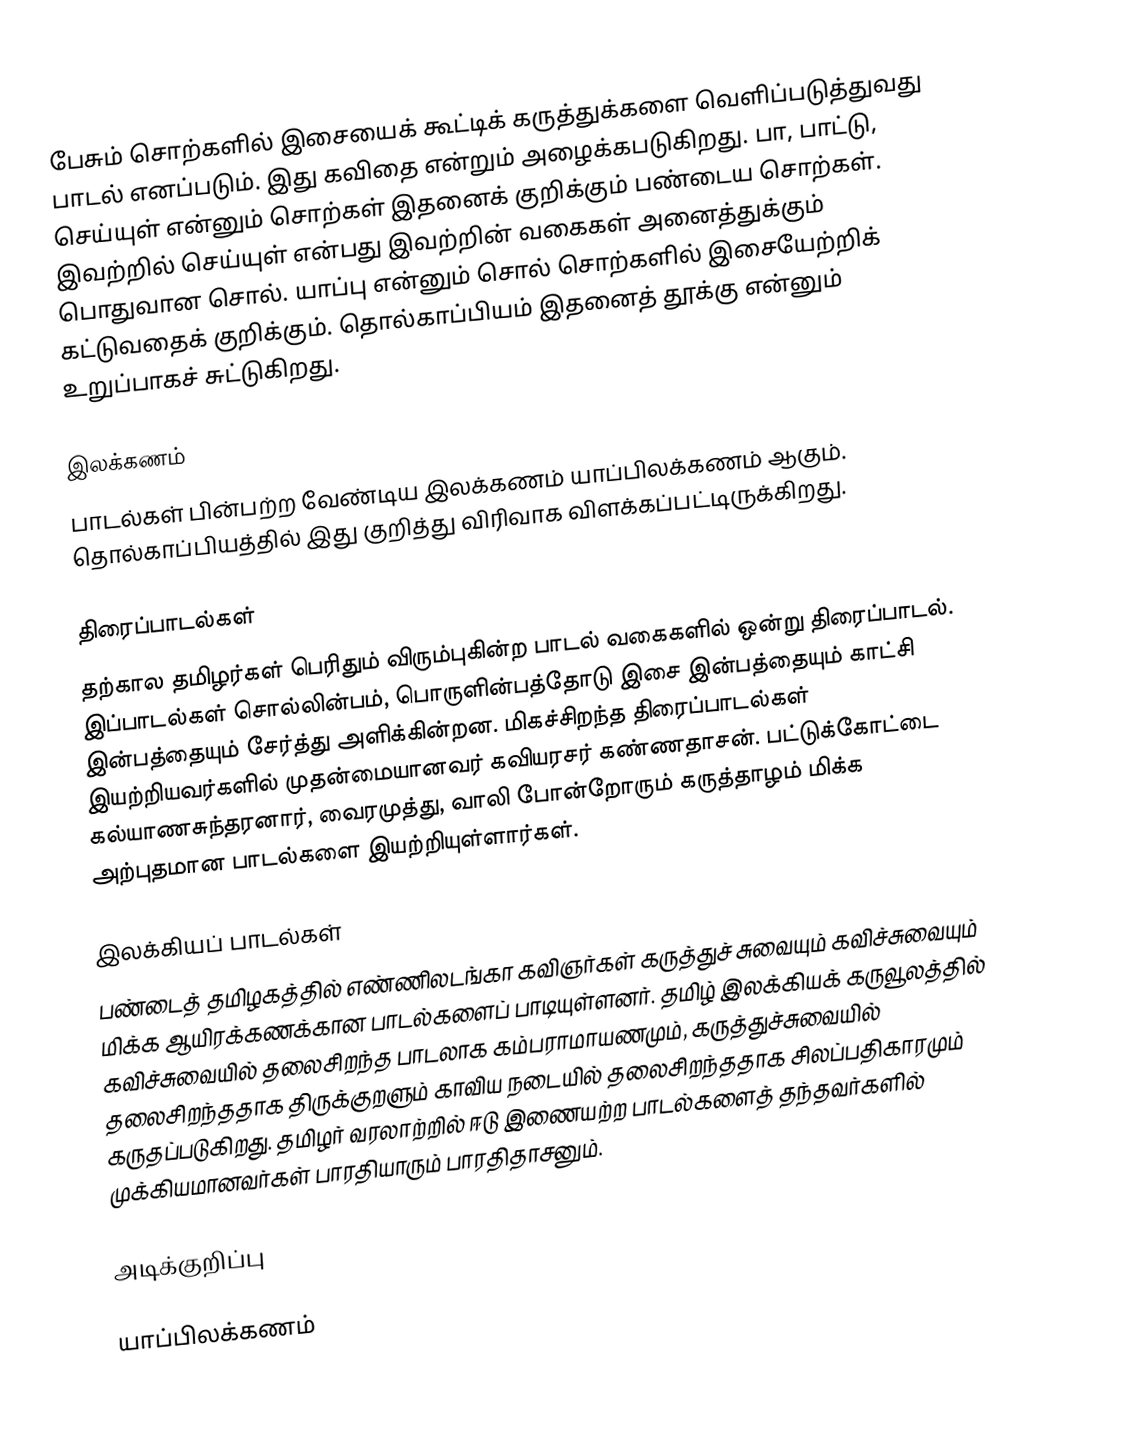
பேசும் சொற்களில் இசையைக் கூட்டிக் கருத்துக்களை வெளிப்படுத்துவது பாடல் எனப்படும். இது கவிதை என்றும் அழைக்கபடுகிறது. பா, பாட்டு, செய்யுள் என்னும் சொற்கள் இதனைக் குறிக்கும் பண்டைய சொற்கள். இவற்றில் செய்யுள் என்பது இவற்றின் வகைகள் அனைத்துக்கும் பொதுவான சொல். யாப்பு என்னும் சொல் சொற்களில் இசையேற்றிக் கட்டுவதைக் குறிக்கும். தொல்காப்பியம் இதனைத் தூக்கு என்னும் உறுப்பாகச் சுட்டுகிறது.

இலக்கணம்
பாடல்கள் பின்பற்ற வேண்டிய இலக்கணம் யாப்பிலக்கணம் ஆகும். தொல்காப்பியத்தில் இது குறித்து விரிவாக விளக்கப்பட்டிருக்கிறது.

திரைப்பாடல்கள்
தற்கால தமிழர்கள் பெரிதும் விரும்புகின்ற பாடல் வகைகளில் ஒன்று திரைப்பாடல். இப்பாடல்கள் சொல்லின்பம், பொருளின்பத்தோடு இசை இன்பத்தையும் காட்சி இன்பத்தையும் சேர்த்து அளிக்கின்றன. மிகச்சிறந்த திரைப்பாடல்கள் இயற்றியவர்களில் முதன்மையானவர் கவியரசர் கண்ணதாசன். பட்டுக்கோட்டை கல்யாணசுந்தரனார், வைரமுத்து, வாலி போன்றோரும் கருத்தாழம் மிக்க அற்புதமான பாடல்களை இயற்றியுள்ளார்கள்.

இலக்கியப் பாடல்கள்
பண்டைத் தமிழகத்தில் எண்ணிலடங்கா கவிஞர்கள் கருத்துச் சுவையும் கவிச்சுவையும் மிக்க ஆயிரக்கணக்கான பாடல்களைப் பாடியுள்ளனர். தமிழ் இலக்கியக் கருவூலத்தில் கவிச்சுவையில் தலைசிறந்த பாடலாக கம்பராமாயணமும், கருத்துச்சுவையில் தலைசிறந்ததாக திருக்குறளும் காவிய நடையில் தலைசிறந்ததாக சிலப்பதிகாரமும் கருதப்படுகிறது. தமிழர் வரலாற்றில் ஈடு இணையற்ற பாடல்களைத் தந்தவர்களில் முக்கியமானவர்கள் பாரதியாரும் பாரதிதாசனும்.

அடிக்குறிப்பு

யாப்பிலக்கணம்